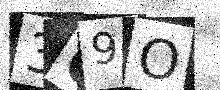
Text: 3G9O